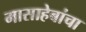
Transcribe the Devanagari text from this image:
मासाहेबांचा